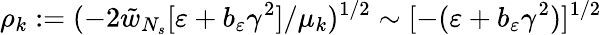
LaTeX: \rho_{k}:=(-2\tilde{w}_{N_{s}}[\varepsilon+b_{\varepsilon}\gamma^{2}]/\mu_{k})^{1/2}\sim[-(\varepsilon+b_{\varepsilon}\gamma^{2})]^{1/2}